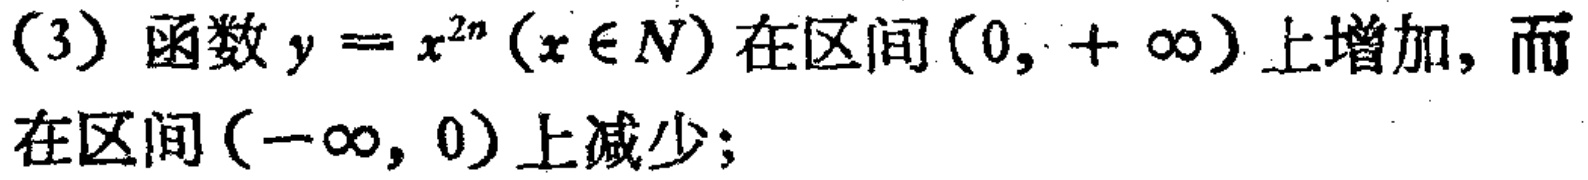
(3) 函数\(y = x^{2n}(x\in N)\)在区间\((0, +\infty)\)上增加，而在区间\((-\infty, 0)\)上减少；